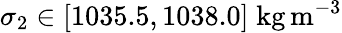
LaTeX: \sigma_{2}\in[1035.5,1038.0]\; \mathrm{kg}\, \mathrm{m}^{-3}